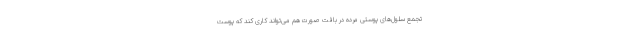
تجمع سلول‌های پوستی مرده در بافت صورت هم می‌تواند کاری کند که پوست